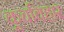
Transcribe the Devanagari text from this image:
कूचविहार